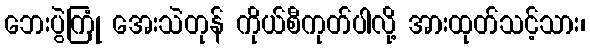
ဘေးပွဲကြုံ အေးသဲတုန် ကိုယ်စီကုတ်ပါလို့ အားထုတ်သင့်သား၊